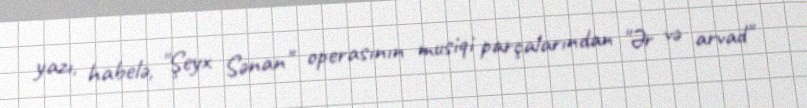
yazı, habelə, "Şeyx Sənan" operasının musiqi parçalarından "Ər və arvad"